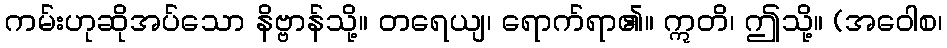
ကမ်းဟုဆိုအပ်သော နိဗ္ဗာန်သို့။ တရေယျ၊ ရောက်ရာ၏။ ဣတိ၊ ဤသို့။ (အဝေါစ၊